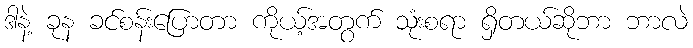
ဒါနဲ့ ခုန ခင်စန်းပြောတာ ကိုယ့်အတွက် သုံးစရာ ရှိတယ်ဆိုဘာ ဘာလဲ